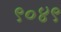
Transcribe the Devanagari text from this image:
९०४९